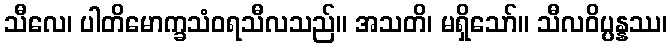
သီလေ၊ ပါတိမောက္ခသံဝရသီလသည်။ အသတိ၊ မရှိသော်။ သီလဝိပ္ပန္နဿ၊